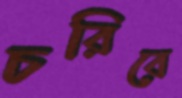
চরিবে